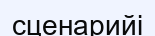
сценарийі